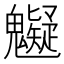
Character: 䰯